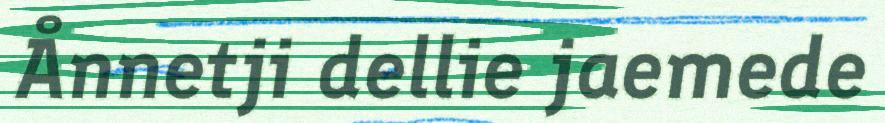
Ånnetji dellie jaemede